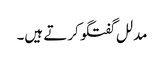
مدلل گفتگو کرتے ہیں۔